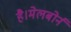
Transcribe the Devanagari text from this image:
है।मेलबोर्न